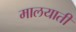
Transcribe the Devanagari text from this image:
मालयाती